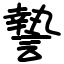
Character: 謺